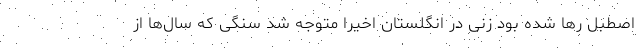
اصطبل رها شده بود زنی در انگلستان اخیرا متوجه شد سنگی که سال‌ها از